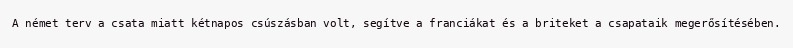
A német terv a csata miatt kétnapos csúszásban volt, segítve a franciákat és a briteket a csapataik megerősítésében.